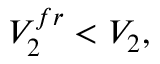
V _ { 2 } ^ { f r } < V _ { 2 } ,